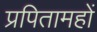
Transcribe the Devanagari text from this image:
प्रपितामहों